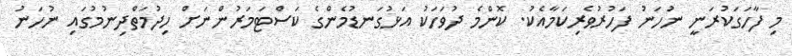
މި ފާހަގަކުރަނީ ނުހަނު ފަހުރުވެރިކަމާއެކު. ކޮންމެ ދުވަހަކު އަޅުގަނޑުމެންގެ ކަސްޓަމަރުންނަށް ހިދުމަތްދިނުމުގައި ނުހަނު